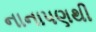
નાનાપણથી